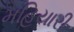
મહિયારી